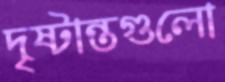
দৃষ্টান্তগুলো